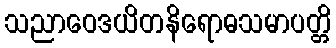
သညာဝေဒယိတနိရောဓသမာပတ္တိ